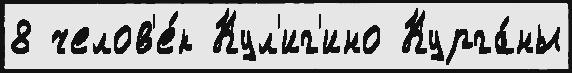
8 челов'е́к Кул'иг'ино Курга́ны